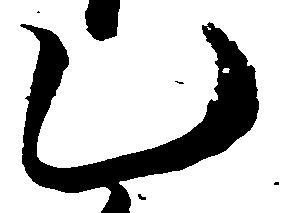
乙